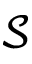
\mathcal { S }